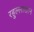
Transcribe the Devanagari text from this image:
रहुल्लाखान